画像に写った文字を読んでください
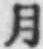
「月」と書いてあります